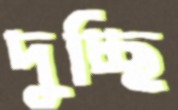
দুচ্ছি